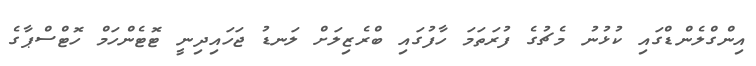
އިންގްލެންޑްގައި ކުޅުނު މެޗުގެ ފުރަތަމަ ހާފުގައި ބްރެޒިލަށް ލަނޑު ޖަހައިދިނީ ޓޮޓެންހަމް ހޮޓްސްޕާގެ